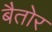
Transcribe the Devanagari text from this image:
बैतोर